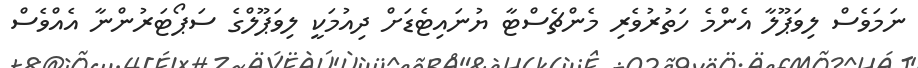
ނަމަވެސް ލިވަޕޫލާ އެންމެ ހަތުރުވެރި މެންޗެސްޓާ ޔުނައިޓެޑަށް ދިއުމަކީ ލިވަޕޫލްގެ ސަޕޯޓަރުންނާ އެއްވެސް